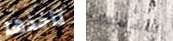
تأخذها للإستجواب